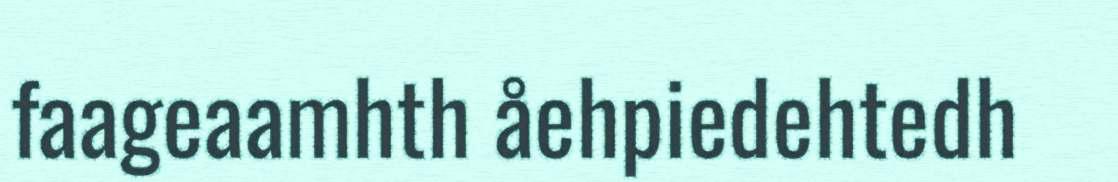
faageaamhth åehpiedehtedh